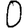
Digit: 0